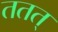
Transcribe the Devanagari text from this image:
ततत्‌